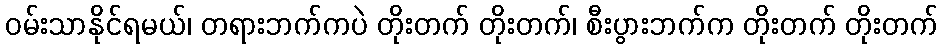
ဝမ်းသာနိုင်ရမယ်၊ တရားဘက်ကပဲ တိုးတက် တိုးတက်၊ စီးပွားဘက်က တိုးတက် တိုးတက်